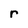
Character: r